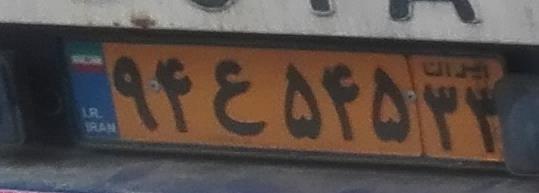
۹۴ع۵۴۵۳۳